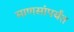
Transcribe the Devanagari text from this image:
माणसांपर्यंत